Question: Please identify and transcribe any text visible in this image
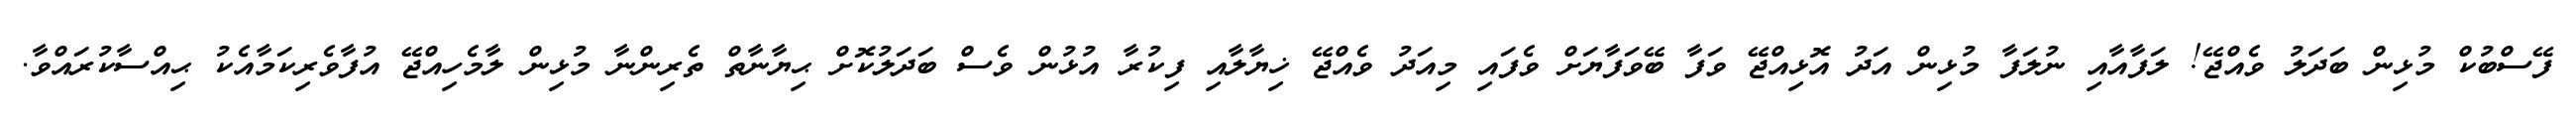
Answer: ފޭސްބުކް މުޅިން ބަދަލު ވެއްޖޭ! ލަފާއާއި ނުލަފާ މުޅިން އަދު އޮޅިއްޖޭ ވަފާ ބޭވަފާޔަށް ވެފައި މިއަދު ވެއްޖޭ ޚިޔާލާއި ފިކުރާ އުޅުން ވެސް ބަދަލުކޮށް ޙިޔާނާތް ތެރިންނާ މުޅިން ލާމެހިއްޖޭ އުފާވެރިކަމާއެކު ޙިއްސާކުރައްވާ.